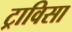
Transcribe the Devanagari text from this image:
ट्राविसा